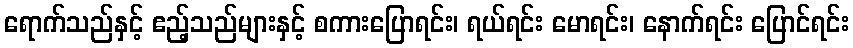
ရောက်သည်နှင့် ဧည့်သည်များနှင့် စကားပြောရင်း၊ ရယ်ရင်း မောရင်း၊ နောက်ရင်း ပြောင်ရင်း